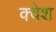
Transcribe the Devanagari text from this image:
क्वेश